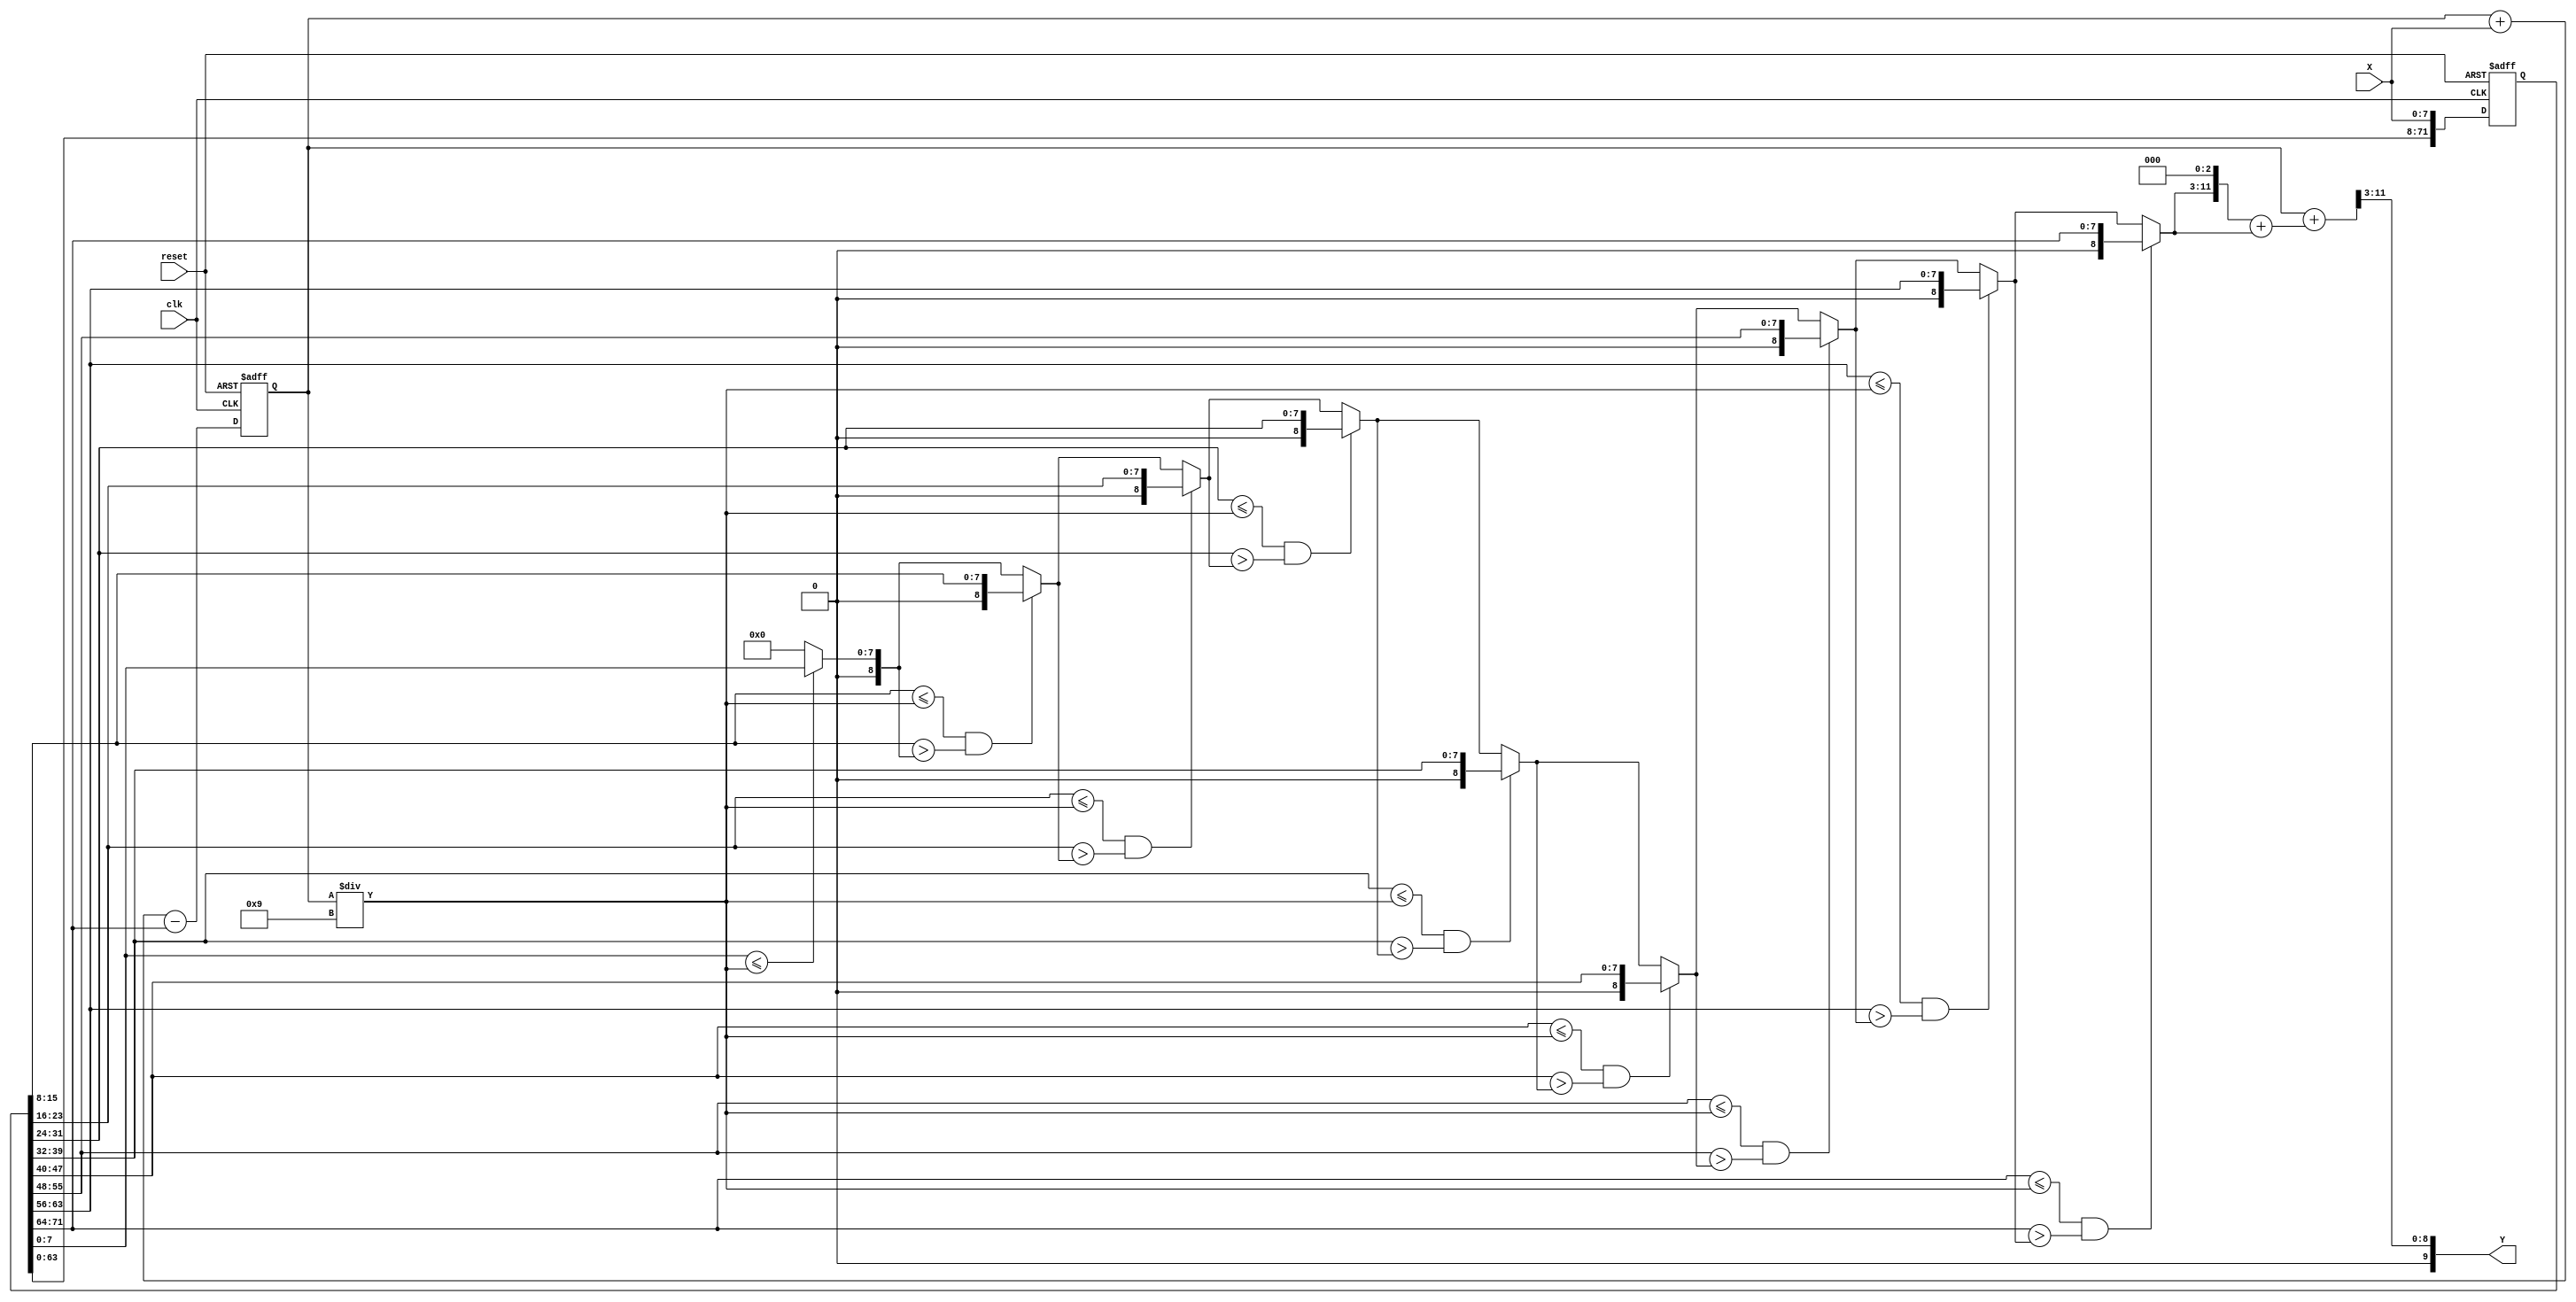
`timescale 1ns/10ps
/*
 * IC Contest Computational System (CS)
*/
module CS(
input               clk, 
input               reset,
input       [7:0]   X,
output      [9:0]   Y
);

reg  [71:0] temp; // store the input value X. ---> [t-9, t-8, t-7, t-6, t-5, t-4, t-3, t-2, t(current input X)]
wire [10:0] average;
reg  [8:0]  appro;
reg  [10:0] sum;

assign average = sum / 4'd9;
assign Y = (sum + ({appro,3'b0} + appro)) >> 3; //({appro,3'b0} + appro)) <=> appro * 8 + appro <=> appro * 9

// Comb. circuit for equation 3.
always@(*)
begin
    appro = 0; // assign a value to avoid latch.
    if(temp[7:0] <= average)
        begin
            appro = temp[7:0];
        end
    if(temp[15:8] <= average && temp[15:8] > appro)
        begin
            appro = temp[15:8];
        end
    if(temp[23:16] <= average && temp[23:16] > appro)
        begin
            appro = temp[23:16];
        end
    if(temp[31:24] <= average && temp[31:24] > appro)
        begin
            appro = temp[31:24];
        end
    if(temp[39:32] <= average && temp[39:32] > appro)
        begin
            appro = temp[39:32];
        end
    if(temp[47:40] <= average && temp[47:40] > appro)
        begin
            appro = temp[47:40];
        end
    if(temp[55:48] <= average && temp[55:48] > appro)
        begin
            appro = temp[55:48];
        end
    if(temp[63:56] <= average && temp[63:56] > appro)
        begin
            appro = temp[63:56];
        end
    if(temp[71:64] <= average && temp[71:64] > appro)
        begin
            appro = temp[71:64];
        end
end

// Seq. circuit for reset signal.
always@(posedge clk, posedge reset)
begin
    if(reset)
        begin
            temp <= 0;
            sum <= 0;
        end
    else
        begin
            temp <= temp << 8;
            temp[7:0] <= X;
            sum <= sum + X - temp[71:64];
        end
end
    
endmodule